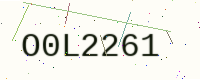
Text: O0L2261